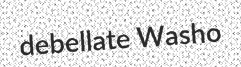
debellate Washo